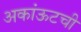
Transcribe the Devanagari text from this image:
अकांऊटची